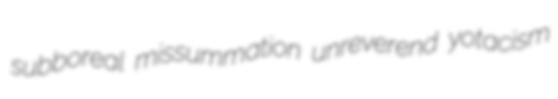
subboreal missummation unreverend yotacism